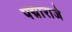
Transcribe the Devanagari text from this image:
पद्माराजे